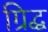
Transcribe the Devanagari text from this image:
ग्रिद्ध